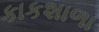
કાકશાળા